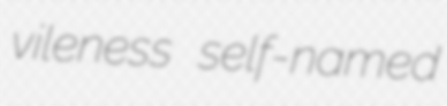
vileness self-named